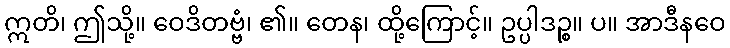
ဣတိ၊ ဤသို့။ ဝေဒိတဗ္ဗံ၊ ၏။ တေန၊ ထို့ကြောင့်။ ဥပ္ပါဒဉ္စ။ ပ။ အာဒီနဝေ